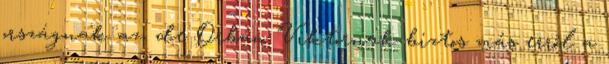
országnak az, de Orbán Viktornak biztos más erről a